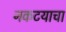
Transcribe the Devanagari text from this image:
नकटयाचा